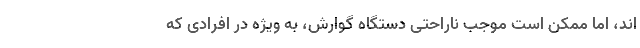
اند، اما ممکن است موجب ناراحتی دستگاه گوارش، به ویژه در افرادی که